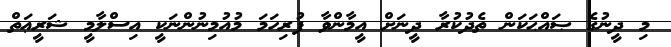
މި ދީނުގެ ޞައްޙަކަން ތެދުކުރާ ދީނަށް އީމާންވާ ފުރިހަމަ މުއުމިނުންނަކީ އިސްލާމީ ޝަރީޢަތް